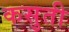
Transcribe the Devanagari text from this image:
कसुती